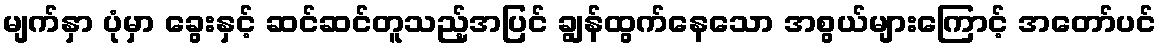
မျက်နှာ ပုံမှာ ခွေးနှင့် ဆင်ဆင်တူသည့်အပြင် ချွန်ထွက်နေသော အစွယ်များကြောင့် အတော်ပင်